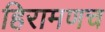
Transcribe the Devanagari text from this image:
हिरामणच